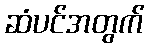
ဆံပင်အတွက်